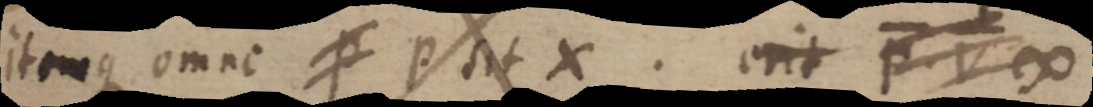
it _ que omne p p sit X. erit P. V ∞